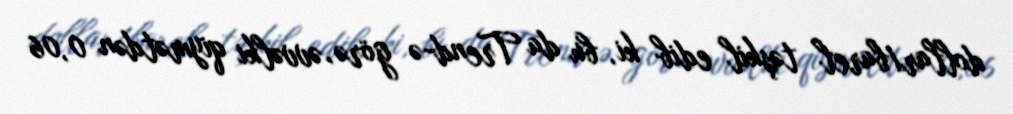
dollar/barel təşkil edib ki, bu da Trend-ə görə, əvvəlki qiymətdən 0,06